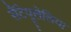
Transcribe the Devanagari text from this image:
सैंटेयूलेलिया